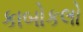
કાબોકલો